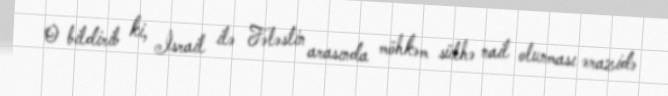
O bildirib ki, İsrail ilə Fələstin arasında möhkəm sülhə nail olunması ərazidə